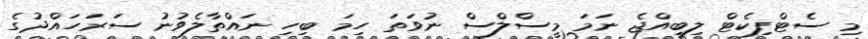
މި ސެޓްފިކެޓް ލިބިއްޖެ ނަމަ މީސްލްސް ނުވަތަ ހިމަ ބިހި ނައްތާލެވުނު ސަރަހައްދުގެ